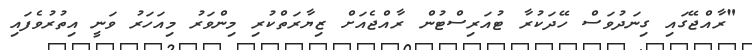
"ރާއްޖޭގައި ގިނަދުވަސް ހޭދަކުރާ ޓުއަރިސްޓުން ރާއްޖެއަށް ޒިޔާރަތްކުރި މިންވަރު މިއަހަރު ވަނީ އިތުރުވެފައި